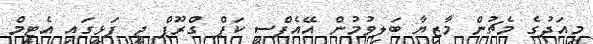
މިއަދުގެ މެޗުން މާޒިޔާ ބަލިވުމުން އޭއެފްސީ ކަޕް ގްރޫޕް ޖީ ފަޅީގައި އެޓީމް